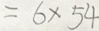
= 6 \times 5 4